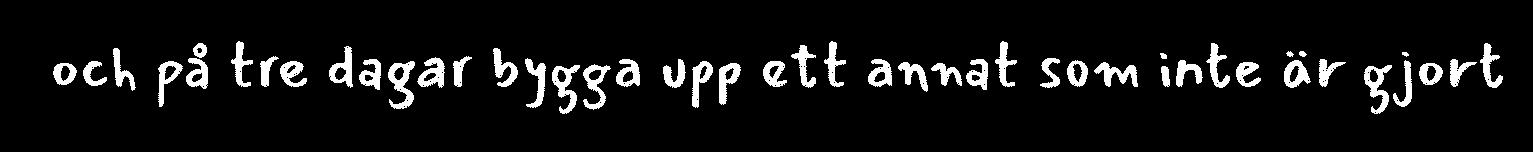
och på tre dagar bygga upp ett annat som inte är gjort